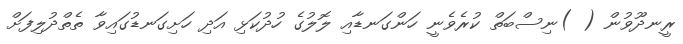
ރީނދޫވުން ( )ނިސްބަތް ކުރެވެނީ ހަންގަނޑާއި ލޮލުގެ ހުދުކަޅި އަދި ހަށިގަނޑުގައިވާ ތެތްދުލިފަށް